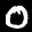
Label: 0